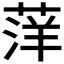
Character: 𫈭